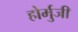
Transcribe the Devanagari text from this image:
होर्मुजी